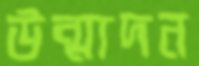
উন্মাদন